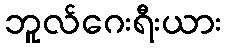
ဘူလ်ဂေးရီးယား